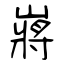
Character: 嶈